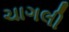
ચાગલી